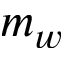
m _ { w }